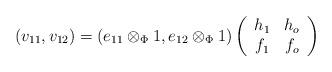
LaTeX: \begin{align*}(v_{11},v_{12})=(e_{11}\otimes_\Phi 1,e_{12}\otimes_\Phi 1)\left(\begin{array}{cc} h_1 & h_o\\f_1 & f_o\\\end{array}\right)\end{align*}